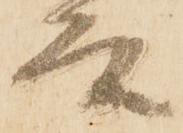
条